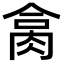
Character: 𦚷